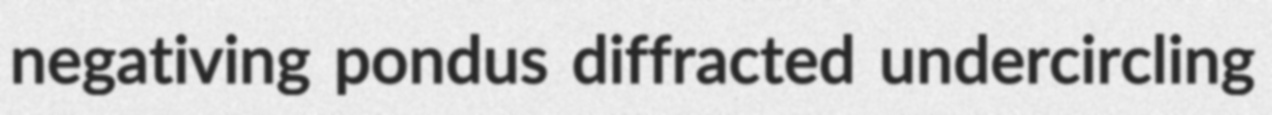
negativing pondus diffracted undercircling